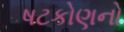
ષટકોણનો